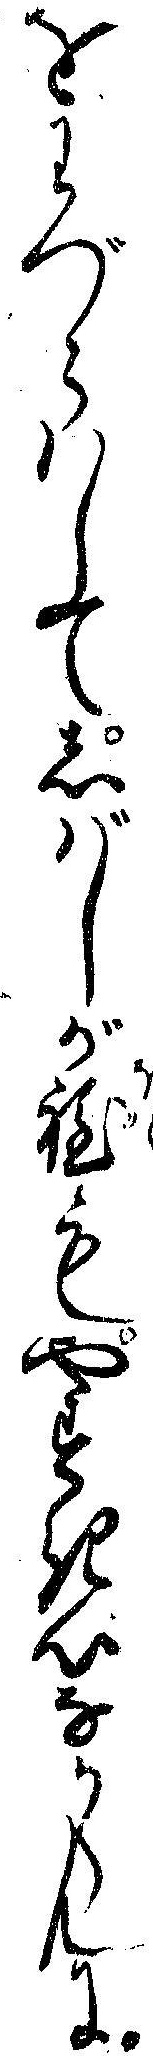
をわづらハしてしバしが程もやすき心なからんに